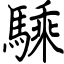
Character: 騬